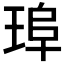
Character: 𤦞